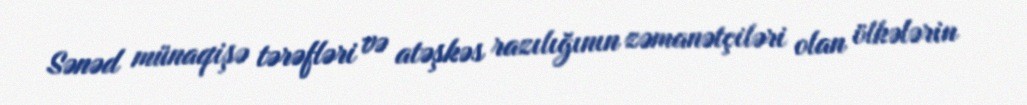
Sənəd münaqişə tərəfləri və atəşkəs razılığının zəmanətçiləri olan ölkələrin